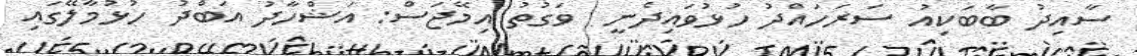
ސާއިދު ބާބަކިއު ސަރަހައްދު ހުޅުވައިދެނީ  ވަގުތު އިމޭޖަސް: އަޝްހާދު އަބްދު ހުޅުމާލޭގައި